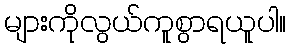
များကိုလွယ်ကူစွာရယူပါ။